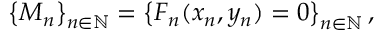
\left\{ M _ { n } \right\} _ { n \in \mathbb { N } } = \left\{ F _ { n } ( x _ { n } , y _ { n } ) = 0 \right\} _ { n \in \mathbb { N } } ,